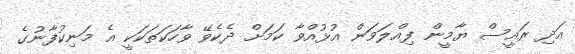
އަދި ރައީސް ޔާމީން ފިއްލަވަން އުޅުއްވާ ކަމަށް ދެކެވޭ ވާހަކަތަކަކީ އެ މަނިކުފާނުގެ